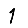
Digit: 1